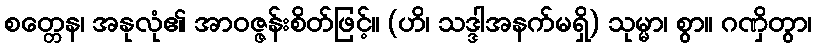
စတ္တေန၊ အနုလုံ၏ အာဝဇ္ဇန်းစိတ်ဖြင့်။ (ဟိ၊ သဒ္ဒါအနက်မရှိ) သုမ္မာ၊ စွာ။ ဂဏှိတွာ၊